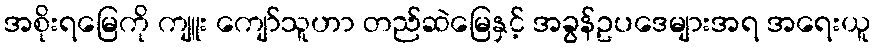
အစိုးရမြေကို ကျူး ကျော်သူဟာ တည်ဆဲမြေနှင့် အခွန်ဥပဒေများအရ အရေးယူ